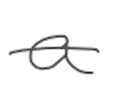
Text: a
Cross-out: single-line
Writing tool: digital_gray